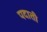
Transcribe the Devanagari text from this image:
पदाती